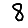
Digit: 8